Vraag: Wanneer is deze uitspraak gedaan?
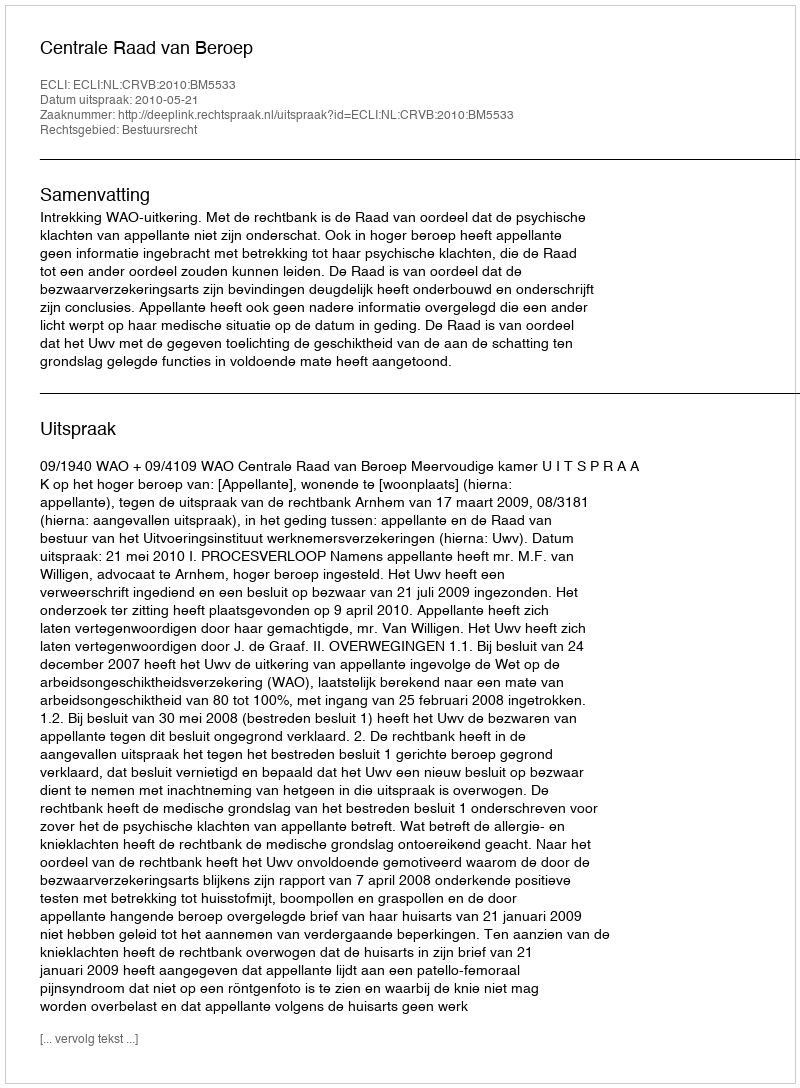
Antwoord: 2010-05-21